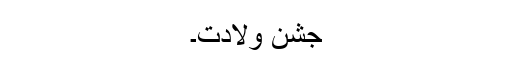
جشنِ ولادت۔